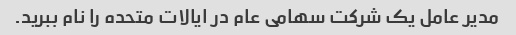
مدیر عامل یک شرکت سهامی عام در ایالات متحده را نام ببرید.